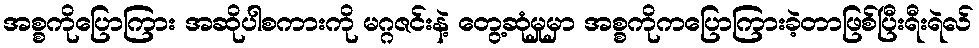
အစ္စကိုပြောကြား အဆိုပါစကားကို မဂ္ဂဇင်းနဲ့ တွေ့ဆုံမှုမှာ အစ္စကိုကပြောကြားခဲ့တာဖြစ်ပြီးရီးရဲလ်